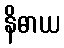
နိဓာယ